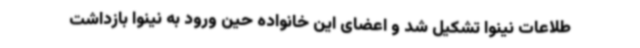
طلاعات نینوا تشکیل شد و اعضای این خانواده حین ورود به نینوا بازداشت